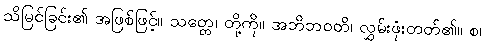
သိမြင်ခြင်း၏ အဖြစ်ဖြင့်။ သတ္တေ၊ တို့ကို။ အဘိဘဝတိ၊ လွှမ်းဖုံးတတ်၏။ စ၊